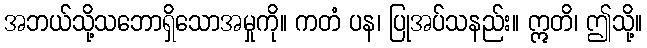
အဘယ်သို့သဘောရှိသောအမှုကို။ ကတံ ပန၊ ပြုအပ်သနည်း။ ဣတိ၊ ဤသို့။